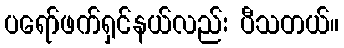
ပရော်ဖက်ရှင်နယ်လည်း ပီသတယ်။